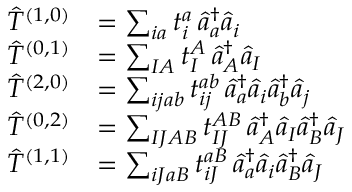
\begin{array} { r l } { \hat { T } ^ { ( 1 , 0 ) } } & { = \sum _ { i a } t _ { i } ^ { a } \, \hat { a } _ { a } ^ { \dagger } \hat { a } _ { i } } \\ { \hat { T } ^ { ( 0 , 1 ) } } & { = \sum _ { I A } t _ { I } ^ { A } \, \hat { a } _ { A } ^ { \dagger } \hat { a } _ { I } } \\ { \hat { T } ^ { ( 2 , 0 ) } } & { = \sum _ { i j a b } t _ { i j } ^ { a b } \, \hat { a } _ { a } ^ { \dagger } \hat { a } _ { i } \hat { a } _ { b } ^ { \dagger } \hat { a } _ { j } } \\ { \hat { T } ^ { ( 0 , 2 ) } } & { = \sum _ { I J A B } t _ { I J } ^ { A B } \, \hat { a } _ { A } ^ { \dagger } \hat { a } _ { I } \hat { a } _ { B } ^ { \dagger } \hat { a } _ { J } } \\ { \hat { T } ^ { ( 1 , 1 ) } } & { = \sum _ { i J a B } t _ { i J } ^ { a B } \, \hat { a } _ { a } ^ { \dagger } \hat { a } _ { i } \hat { a } _ { B } ^ { \dagger } \hat { a } _ { J } } \end{array}